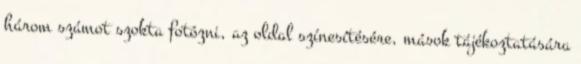
három számot szokta fotózni, az oldal szí­nesí­tésére, mások tájékoztatására